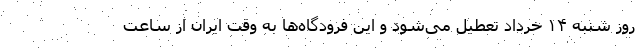
روز شنبه ۱۴ خرداد تعطیل می‌شود و این فرودگاه‌ها به وقت ایران از ساعت